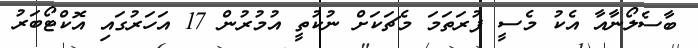
ބާސެލޯނާއާ އެކު މެސީ ފުރަތަމަ މެޗަކަށް ނުކުތީ އުމުރުން 17 އަހަރުގައި އޮކްޓޯބަރު